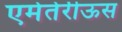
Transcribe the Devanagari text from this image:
एमेतेरीऊस